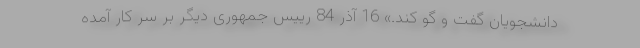
دانشجویان گفت و گو کند.» 16 آذر 84 رییس جمهوری دیگر بر سر کار آمده